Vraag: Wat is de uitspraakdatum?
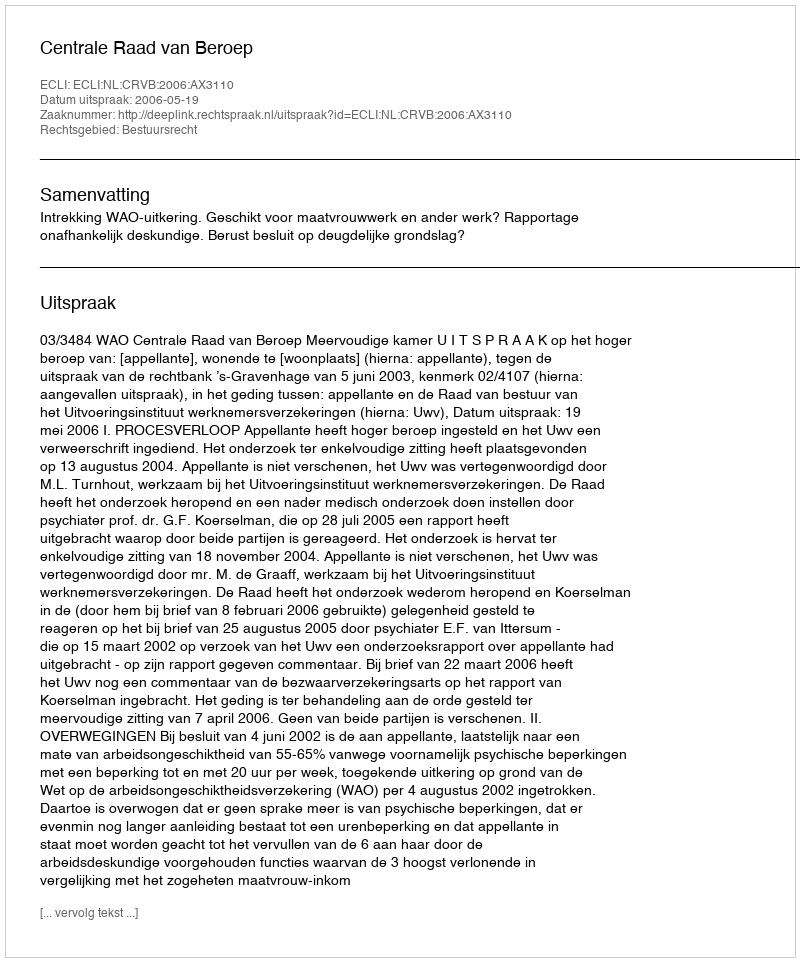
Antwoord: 2006-05-19